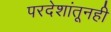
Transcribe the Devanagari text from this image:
परदेशांतूनही